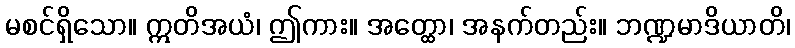
မစင်ရှိသော။ ဣတိအယံ၊ ဤကား။ အတ္ထော၊ အနက်တည်း။ ဘဏ္ဍမာဒိယာတိ၊